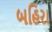
બહિરા